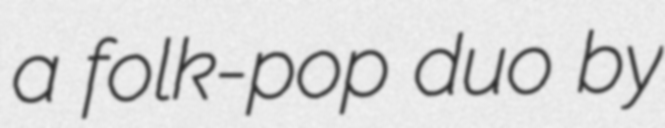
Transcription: a folk-pop duo by